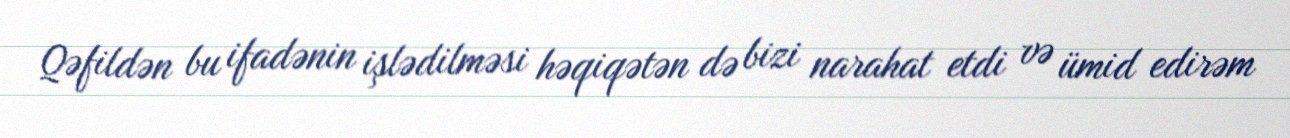
Qəfildən bu ifadənin işlədilməsi həqiqətən də bizi narahat etdi və ümid edirəm